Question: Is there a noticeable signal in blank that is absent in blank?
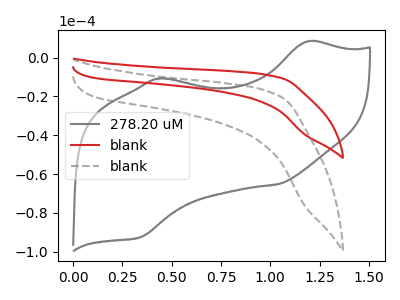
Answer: <think>The gray curve "278.20 uM" has anodic peaks at (1.20V, 8.30uA) (0.45V, -10.80uA) and cathodic peaks at (1.05V, -65.25uA) (0.35V, -92.55uA). The red curve "blank" has no peaks. The gray dashed curve "blank" has no peaks.
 Neither "blank" or "blank" have any peaks.</think>
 <answer>No, "blank" and "blank" don't appear to be significantly different in shape</answer>
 <eval>no_change</eval>